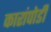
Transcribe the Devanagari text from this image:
कारांपोडी